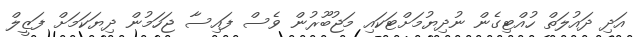
އަދި ދައުލަތް ހުއްޓިގެން ނުދިޔުމަށްޓަކައި މަޖުބޫރުން ވެސް ފައިސާ ޖަހަމުން ދިޔަކަމަށް ފަޒީލް